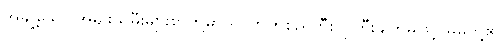
အချို့သော အမျိုးသမီးများစွာတို့မှာ ရင်ဘတ်စည်တီး ငိုကြီးချက်မဖြင့် မိမိတို့၏